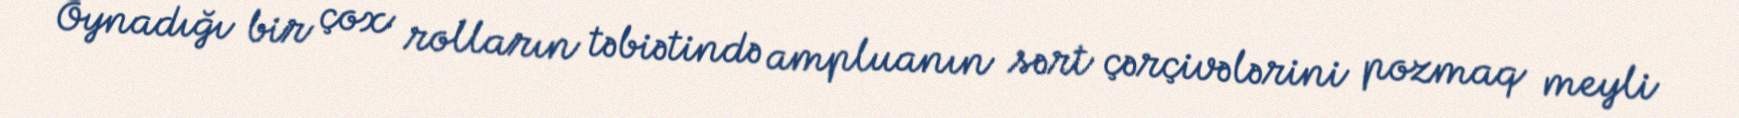
Oynadığı bir çox rolların təbiətində ampluanın sərt çərçivələrini pozmaq meyli